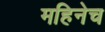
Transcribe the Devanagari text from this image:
महिनेच